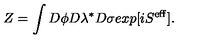
Z = \int D \phi D \lambda ^ { * } D \sigma e x p [ i S ^ { \mathrm { e f f } } ] .